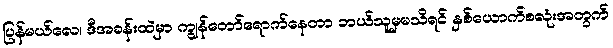
ပြန်မယ်လေ၊ ဒီအခန်းထဲမှာ ကျွန်တော်ရောက်နေတာ ဘယ်သူမှမသိရင် နှစ်ယောက်စလုံးအတွက်